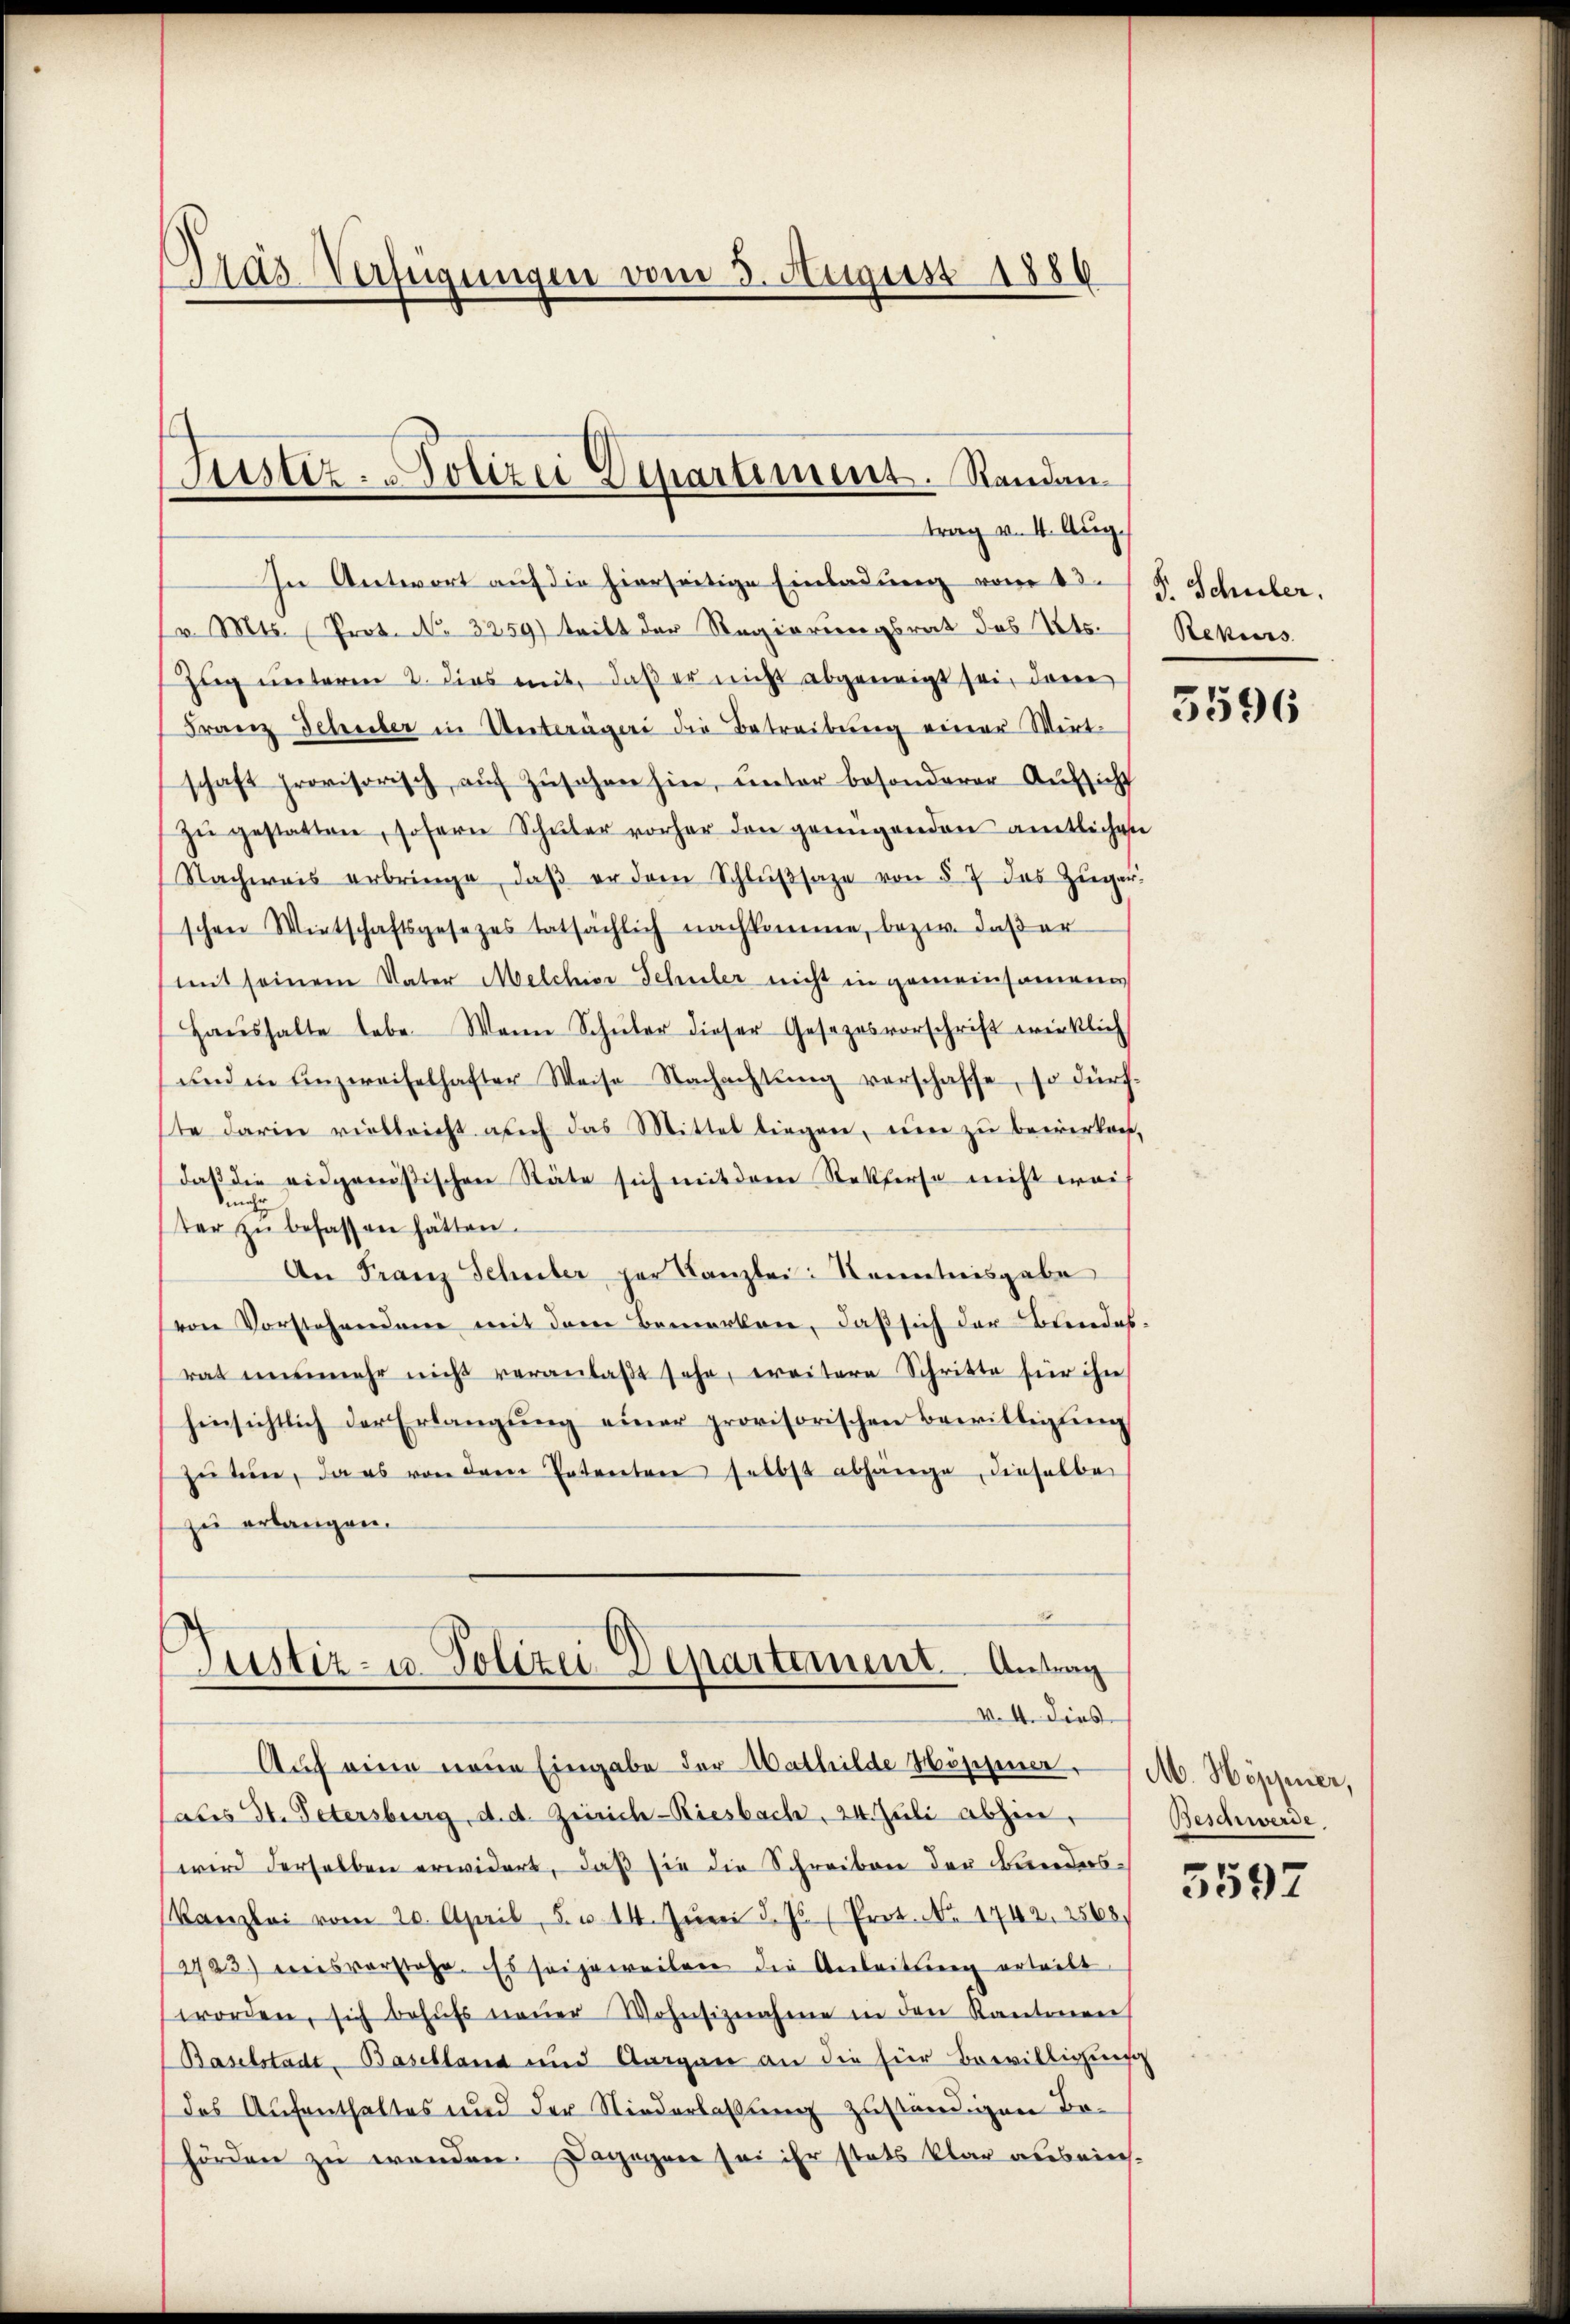
In Antwort auf die hierseitige Einladung vom 23. J. Schuber.
v. Mts. (Prot. No. 3259) teilt der Regierungsrat des Kts.
Zug unteren 2. dies mit, daß er nicht abgeneigt sei, den
Franz Schuber in Unterägeri die Betreibŭng einer Wirt-
schaft provisorisch aŭf Zŭsehen hier, unter besonderer Aufsicht
zŭ gestatten, sofern Schüler vorher den genügenden amtlichen
Nachweis erbringe, daβ er dem Schlŭβsaze von § 7 das Züger-
schen Wintschaftsgesezes tatsächlich nachkomme, bezw. daßer
mit seinem Vater Melchior Schuler nicht in gemeinsamen
Haŭshalte lebe. Wenn Schüler dieser Gesezesvorschrift wirklich
und in unzweifelhafter Weise Nachachtung verschaffe, so dürfte darin vielleicht auch das Mittel liegen, um zu bewerken,
daβ die eidgenößischen Stäte sich mit dem Rekurse nicht wais
mehr
ter zŭ befassen hätten.
An Franz Schuler per Kanzlei Kenntnisgabe
von Vorstehenden mit dem Bemerken, daß sich der Beendes.
rat nunmehr nicht veranlaβt sehe, ereitere Schritte für ihn
hinsichtlich der Erlangŭng einer provisorischen Bewilligŭng
zŭ sein, da es von dem Patenten selbst abhänge, dieselbe
zu erlangen.

Dras Verfügungen vom 3. August 1886

Justiz- Polizei Departement. Randan
trag v. 4. Aug.

10
Justiz- u. Polizei Departement. Antrag
“
v. 4. dies

Auf eine neue Eingabe der Mathilde Höppner A. Höppner,
aues St. Petersburg, d. d. Zürich-Riesbach, 24. Juli abhin,
wird derselben erwidert, daß sie die Schreiben der Banders¬
Kanzlei vom 20. April, S. u. 14. Juni d. Js. (Prot. No. 1742. 2568.
2723.) einsvorstehe. Es sei jeweilen die Anleitung ertreibt
worden, sich behŭfs neŭer Wohnsiznahme in den Kantonen
Baselstadt, Baselland und Aargau an die für Bewilligung
das Aufenthaltes und der Niederlassung zuständigen Be-
hörden zu wenden. Dagegen sei ihr stets klar ausmie-

Rekurs

3596

Beschwerde

5597